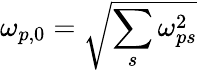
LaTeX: \omega_{p,0}=\sqrt{\sum_{s}\omega_{ps}^{2}}\,